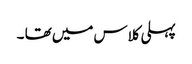
پہلی کلاس میں تھا ۔